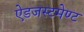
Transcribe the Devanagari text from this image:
ऐडजस्टमेण्ट